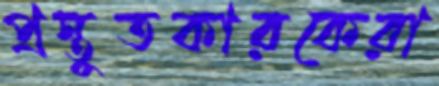
প্রস্তুতকারকেরা